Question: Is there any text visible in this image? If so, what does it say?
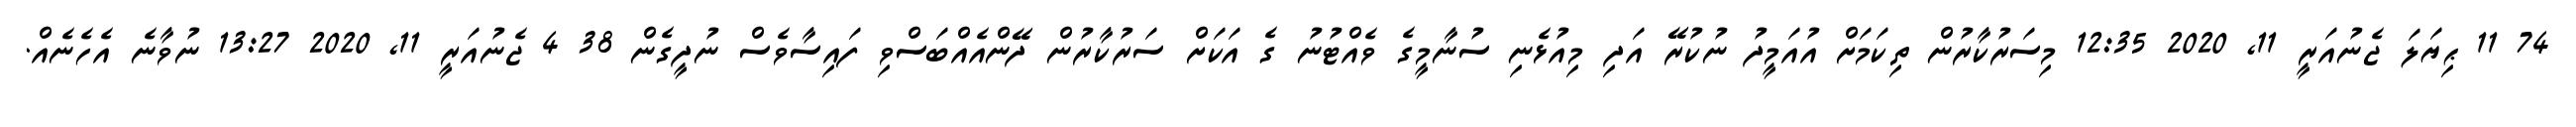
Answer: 74 11 ޙިޔަލަ ޖެނުއަރީ 11, 2020 12:35 މިސަރުކާރުން ތިކަމަށް އުއަމީދު ނުކުރޭ އަދި މިއުޅެނި ސުނާމީގެ ވެއްޓުނު ގެ އަކަށް ސަރުކާރުން ދޭންއެއްބަސްވި ފައިސާވެސް ނުދީގެން 38 4 ޖެނުއަރީ 11, 2020 13:27 ނުވާނެ އެހެނެއް.